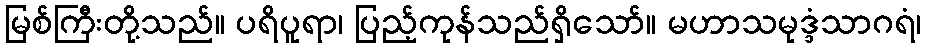
မြစ်ကြီးတို့သည်။ ပရိပူရာ၊ ပြည့်ကုန်သည်ရှိသော်။ မဟာသမုဒ္ဒံသာဂရံ၊